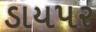
ડાયપર